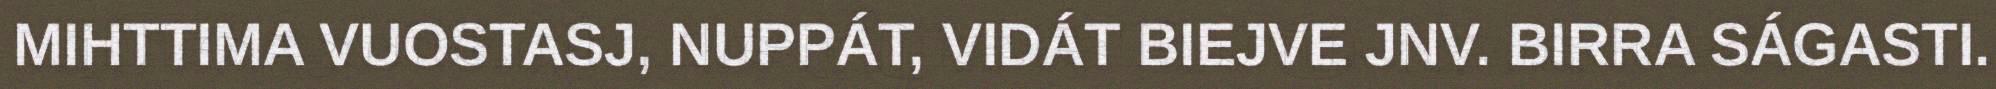
MIHTTIMA VUOSTASJ, NUPPÁT, VIDÁT BIEJVE JNV. BIRRA SÁGASTI.